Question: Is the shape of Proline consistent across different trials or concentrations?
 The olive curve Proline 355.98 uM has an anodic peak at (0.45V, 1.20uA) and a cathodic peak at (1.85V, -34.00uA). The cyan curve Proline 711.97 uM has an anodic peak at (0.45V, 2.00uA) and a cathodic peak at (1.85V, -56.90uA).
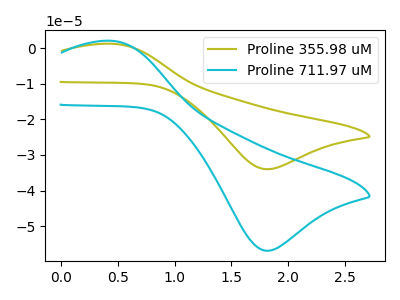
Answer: <think>All the peaks in "Proline 355.98 uM" have a peak in "Proline 711.97 uM" at the same potential. Every peak in "Proline 355.98 uM" is lower than every peak in "Proline 711.97 uM".
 </think>
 <answer>All the CV's of "Proline" have similar shape.</answer>
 <eval>follow_rule</eval>